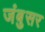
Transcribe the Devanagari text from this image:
जंबुसर